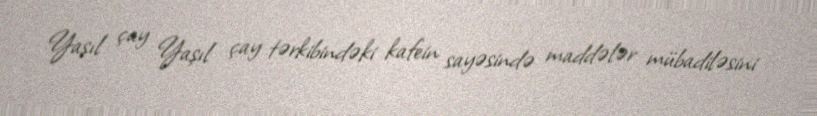
Yaşıl çay Yaşıl çay tərkibindəki kafein sayəsində maddələr mübadiləsini